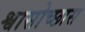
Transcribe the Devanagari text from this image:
श्वासोच्छास